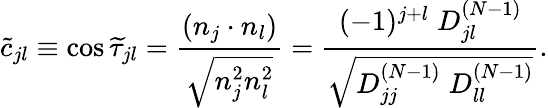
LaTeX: \widetilde{c}_{jl}\equiv\cos\widetilde{\tau}_{jl}=\frac{(n_{j}\cdot n_{l})}{\sqrt{n_{j}^{2}n_{l}^{2}}}=\frac{(-1)^{j+l}\; D_{jl}^{(N-1)}}{\sqrt{D_{jj}^{(N-1)}\; D_{ll}^{(N-1)}}}.